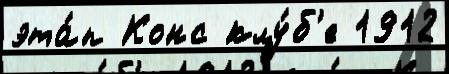
эта́п Конс клу́б'е 1912